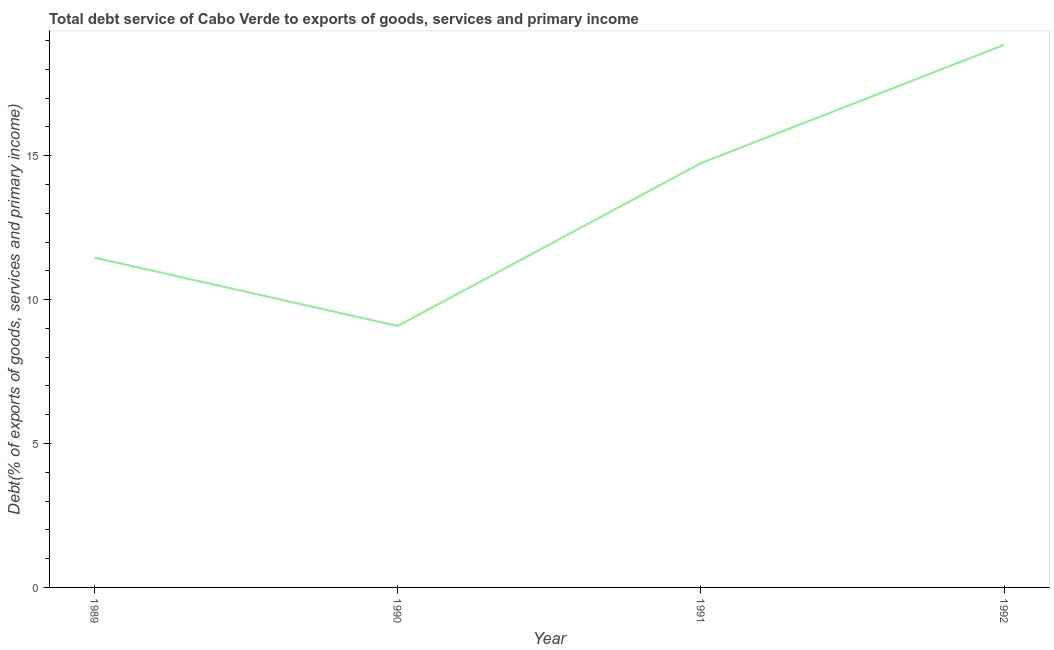
| Year | Total debt service |
 | --- | --- |
 | 1989 | 11.5 |
 | 1990 | 9.08 |
 | 1991 | 14.7 |
 | 1992 | 18.9 |